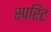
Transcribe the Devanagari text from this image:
स्परिट